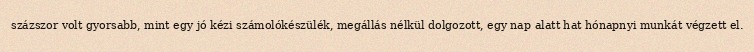
százszor volt gyorsabb, mint egy jó kézi számolókészülék, megállás nélkül dolgozott, egy nap alatt hat hónapnyi munkát végzett el.